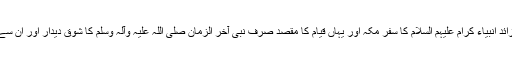
واضح کیا گیا ہے کہ ایک ہزار سے زائد انبیاء کرام علیہم السلام کا سفرِ مکہ اور یہاں قیام کا مقصد صرف نبی آخر الزمان صلی اللہ علیہ وآلہ وسلم کا شوقِ دیدار اور ان سے بے پناہ محبت کا بھرپور اظہار تھا۔